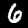
Label: 6